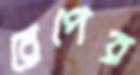
রেপের